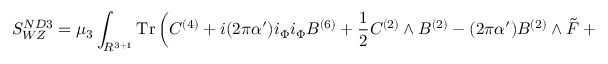
S _ { W Z } ^ { N D 3 } = \mu _ { 3 } \int _ { R ^ { 3 + 1 } } \mathrm { T r } \left( C ^ { ( 4 ) } + i ( 2 \pi \alpha ^ { \prime } ) i _ { \Phi } i _ { \Phi } B ^ { ( 6 ) } + \frac 1 2 C ^ { ( 2 ) } \wedge B ^ { ( 2 ) } - ( 2 \pi \alpha ^ { \prime } ) B ^ { ( 2 ) } \wedge { \tilde { \cal F } } + \dots \right) \, ,